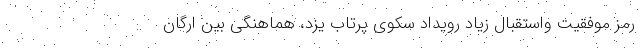
رمز موفقیت واستقبال زیاد رویداد سکوی پرتاب یزد، هماهنگی بین ارگان